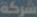
شركة